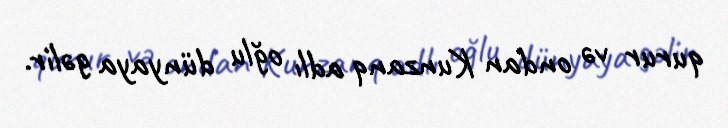
qurur və ondan Kunzanq adlı oğlu dünyaya gəlir.